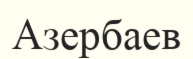
Азербаев